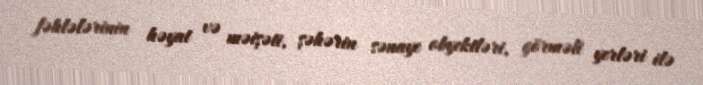
fəhlələrinin həyat və məişəti, şəhərin sənaye obyektləri, görməli yerləri ilə